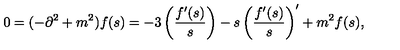
0 = ( - \partial ^ { 2 } + m ^ { 2 } ) f ( s ) = - 3 \left( \frac { f ^ { \prime } ( s ) } { s } \right) - s \left( \frac { f ^ { \prime } ( s ) } { s } \right) ^ { \prime } + m ^ { 2 } f ( s ) ,